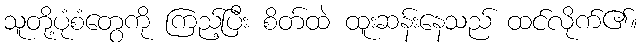
သူတို့ပုံစံတွေကို ကြည့်ပြီး စိတ်ထဲ ထူးဆန်းနေသည် ထင်လိုက်၏။